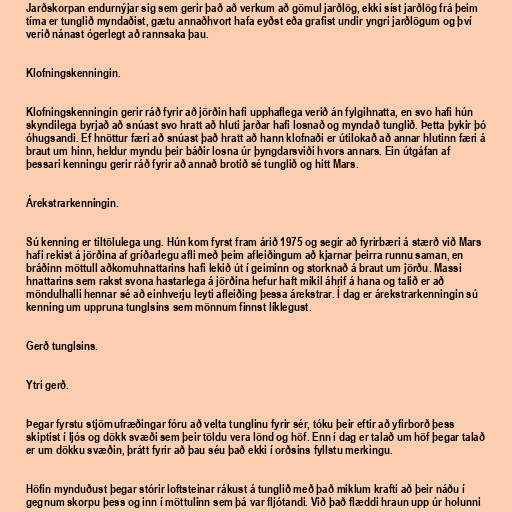
Jarðskorpan endurnýjar sig sem gerir það að verkum að gömul jarðlög, ekki síst jarðlög frá þeim
tíma er tunglið myndaðist, gætu annaðhvort hafa eyðst eða grafist undir yngri jarðlögum og því
verið nánast ógerlegt að rannsaka þau.

Klofningskenningin.

Klofningskenningin gerir ráð fyrir að jörðin hafi upphaflega verið án fylgihnatta, en svo hafi hún
skyndilega byrjað að snúast svo hratt að hluti jarðar hafi losnað og myndað tunglið. Þetta þykir þó
óhugsandi. Ef hnöttur færi að snúast það hratt að hann klofnaði er útilokað að annar hlutinn færi á
braut um hinn, heldur myndu þeir báðir losna úr þyngdarsviði hvors annars. Ein útgáfan af
þessari kenningu gerir ráð fyrir að annað brotið sé tunglið og hitt Mars.

Árekstrarkenningin.

Sú kenning er tiltölulega ung. Hún kom fyrst fram árið 1975 og segir að fyrirbæri á stærð við Mars
hafi rekist á jörðina af gríðarlegu afli með þeim afleiðingum að kjarnar þeirra runnu saman, en
bráðinn möttull aðkomuhnattarins hafi lekið út í geiminn og storknað á braut um jörðu. Massi
hnattarins sem rakst svona hastarlega á jörðina hefur haft mikil áhrif á hana og talið er að
möndulhalli hennar sé að einhverju leyti afleiðing þessa árekstrar. Í dag er árekstrarkenningin sú
kenning um uppruna tunglsins sem mönnum finnst líklegust.

Gerð tunglsins.

Ytri gerð.

Þegar fyrstu stjörnufræðingar fóru að velta tunglinu fyrir sér, tóku þeir eftir að yfirborð þess
skiptist í ljós og dökk svæði sem þeir töldu vera lönd og höf. Enn í dag er talað um höf þegar talað
er um dökku svæðin, þrátt fyrir að þau séu það ekki í orðsins fyllstu merkingu.

Höfin mynduðust þegar stórir loftsteinar rákust á tunglið með það miklum krafti að þeir náðu í
gegnum skorpu þess og inn í möttulinn sem þá var fljótandi. Við það flæddi hraun upp úr holunni